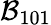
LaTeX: {\cal B}_{101}